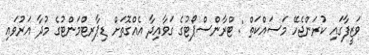
ވަޒީފާގައި ކުރަންޖެހޭ މަސައްކަތް : ޓްރާންސްޕޯޓުގެ ގަވާއިދާ އެއްގޮތަށް ޑިޕާރޓްމަންޓުގެ މުދާ އަރުވައި